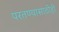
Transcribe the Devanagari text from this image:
परतण्यासाठीही